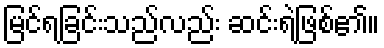
မြင်ရခြင်းသည်လည်း ဆင်းရဲဖြစ်၏။